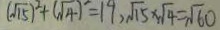
( \sqrt { 1 5 } ) ^ { 2 } + ( \sqrt { 4 } ) ^ { 2 } = 1 9 , \sqrt { 1 5 } \times \sqrt { 4 } = \sqrt { 6 0 }